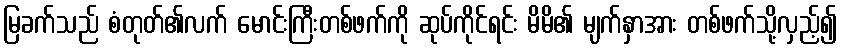
မြခက်သည် စံတုတ်၏လက် မောင်းကြီးတစ်ဖက်ကို ဆုပ်ကိုင်ရင်း မိမိ၏ မျက်နှာအား တစ်ဖက်သို့လှည့်၍